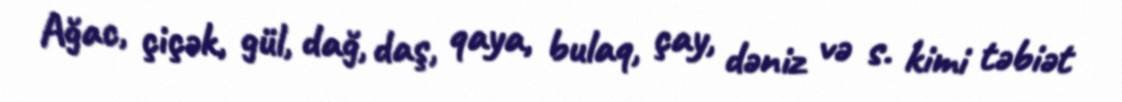
Ağac, çiçək, gül, dağ, daş, qaya, bulaq, çay, dəniz və s. kimi təbiət